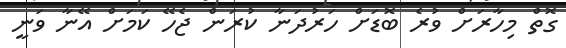
ގޮތް މިހާރަށް ވުރެ ބޮޑަށް ހަރުދަނާ ކުރަން ޖެހޭ ކަމަށް އޭނާ ވަނީ